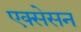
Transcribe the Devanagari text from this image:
एक्सेसन